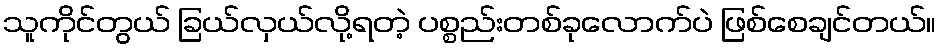
သူကိုင်တွယ် ခြယ်လှယ်လို့ရတဲ့ ပစ္စည်းတစ်ခုလောက်ပဲ ဖြစ်စေချင်တယ်။